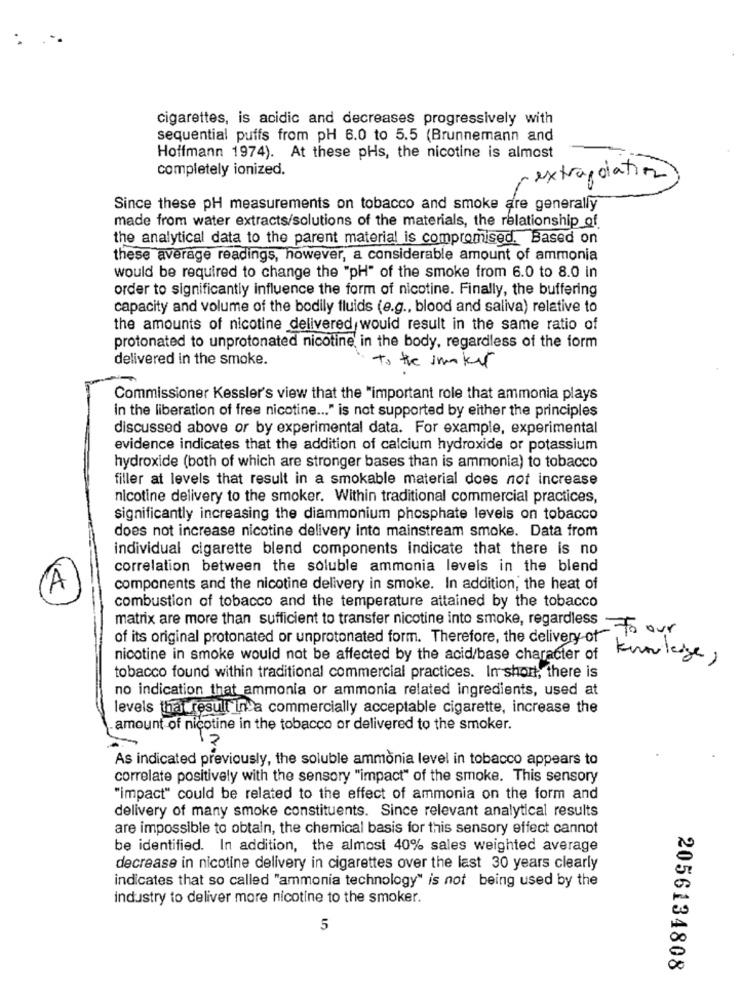
:
cigarettes, is acidic and decreases progressively with
sequential puffs from pH 6.0 to 5.5 (Brunnemann and
Hoffmann 1974). At these pHs, the nicotine is almost
completely ionized.
extrapolation
Since these pH measurements on tobacco and smoke are generally
made from water extracts/solutions of the materials, the relationship of
the analytical data to the parent material is compromised. Based on
these average readings, however, a considerable amount of ammonia
would be required to change the "pH" of the smoke from 6.0 to 8.0 in
order to significantly influence the form of nicotine. Finally, the buffering
capacity and volume of the bodily fluids (e.g ., blood and saliva) relative to
the amounts of nicotine delivered would result in the same ratio of
protonated to unprotonated nicotine in the body, regardless of the form
delivered in the smoke.
to the smoker
Commissioner Kessler's view that the "important role that ammonia plays
In the liberation of free nicotine ... " is not supported by either the principles
discussed above or by experimental data. For example, experimental
evidence indicates that the addition of calcium hydroxide or potassium
hydroxide (both of which are stronger bases than is ammonia) to tobacco
filler at levels that result in a smokable material does not increase
nicotine delivery to the smoker. Within traditional commercial practices,
significantly increasing the diammonium phosphate levels on tobacco
does not increase nicotine delivery into mainstream smoke. Data from
individual cigarette blend components indicate that there is no
correlation between the soluble ammonia levels in the blend
components and the nicotine delivery in smoke. In addition, the heat of
combustion of tobacco and the temperature attained by the tobacco
matrix are more than sufficient to transfer nicotine into smoke, regardless
of its original protonated or unprotonated form. Therefore, the delivery of to our
nicotine in smoke would not be affected by the acid/base character of
knowledge,
tobacco found within traditional commercial practices. In short, there is
no indication that ammonia or ammonia related ingredients, used at
levels thatresult In a commercially acceptable cigarette, increase the
amount of nicotine in the tobacco or delivered to the smoker.
12
As indicated previously, the soluble ammonia level in tobacco appears to
correlate positively with the sensory "impact" of the smoke. This sensory
"impact" could be related to the effect of ammonia on the form and
delivery of many smoke constituents. Since relevant analytical results
are impossible to obtain, the chemical basis for this sensory effect cannot
be identified. In addition, the almost 40% sales weighted average
decrease in nicotine delivery in cigarettes over the last 30 years clearly
indicates that so called "ammonia technology" is not being used by the
industry to deliver more nicotine to the smoker.
5
2056134808